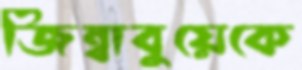
জিম্বাবুয়েকে